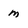
Character: m